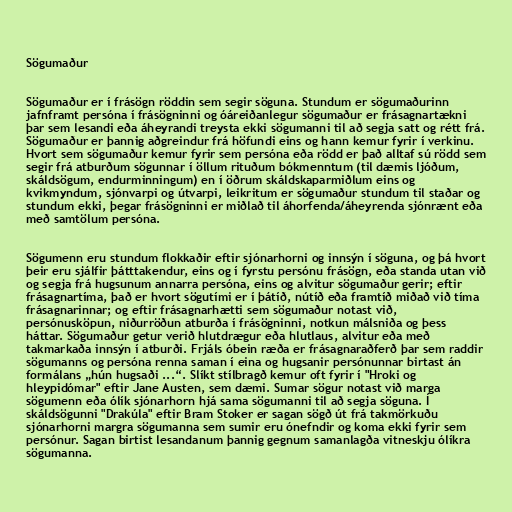
Sögumaður

Sögumaður er í frásögn röddin sem segir söguna. Stundum er sögumaðurinn
jafnframt persóna í frásögninni og óáreiðanlegur sögumaður er frásagnartækni
þar sem lesandi eða áheyrandi treysta ekki sögumanni til að segja satt og rétt frá.
Sögumaður er þannig aðgreindur frá höfundi eins og hann kemur fyrir í verkinu.
Hvort sem sögumaður kemur fyrir sem persóna eða rödd er það alltaf sú rödd sem
segir frá atburðum sögunnar í öllum rituðum bókmenntum (til dæmis ljóðum,
skáldsögum, endurminningum) en í öðrum skáldskaparmiðlum eins og
kvikmyndum, sjónvarpi og útvarpi, leikritum er sögumaður stundum til staðar og
stundum ekki, þegar frásögninni er miðlað til áhorfenda/áheyrenda sjónrænt eða
með samtölum persóna.

Sögumenn eru stundum flokkaðir eftir sjónarhorni og innsýn í söguna, og þá hvort
þeir eru sjálfir þátttakendur, eins og í fyrstu persónu frásögn, eða standa utan við
og segja frá hugsunum annarra persóna, eins og alvitur sögumaður gerir; eftir
frásagnartíma, það er hvort sögutími er í þátíð, nútíð eða framtíð miðað við tíma
frásagnarinnar; og eftir frásagnarhætti sem sögumaður notast við,
persónusköpun, niðurröðun atburða í frásögninni, notkun málsniða og þess
háttar. Sögumaður getur verið hlutdrægur eða hlutlaus, alvitur eða með
takmarkaða innsýn í atburði. Frjáls óbein ræða er frásagnaraðferð þar sem raddir
sögumanns og persóna renna saman í eina og hugsanir persónunnar birtast án
formálans „hún hugsaði ...“. Slíkt stílbragð kemur oft fyrir í "Hroki og
hleypidómar" eftir Jane Austen, sem dæmi. Sumar sögur notast við marga
sögumenn eða ólík sjónarhorn hjá sama sögumanni til að segja söguna. Í
skáldsögunni "Drakúla" eftir Bram Stoker er sagan sögð út frá takmörkuðu
sjónarhorni margra sögumanna sem sumir eru ónefndir og koma ekki fyrir sem
persónur. Sagan birtist lesandanum þannig gegnum samanlagða vitneskju ólíkra
sögumanna.